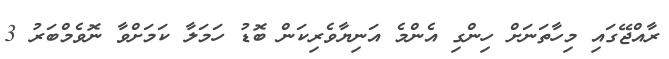
ރާއްޖޭގައި މިހާތަނަށް ހިންގި އެންމެ އަނިޔާވެރިކަން ބޮޑު ހަމަލާ ކަމަށްވާ ނޮވެމްބަރު 3